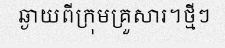
ឆ្ងាយពីក្រុមគ្រួសារ។ថ្មីៗ